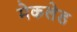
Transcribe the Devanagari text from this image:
मेकलेड